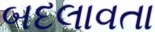
બદલાવતા